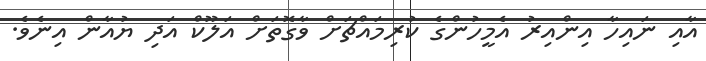
އާއި ނައިހާ އިންއިރު އެމީހުންގެ ކުރިމައްޗަށް ވާގޮތަށް އަލޫކް އަދި ޔުއާން އިނެވެ.